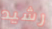
رشيد